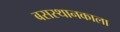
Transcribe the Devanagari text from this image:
बसस्थानकाला